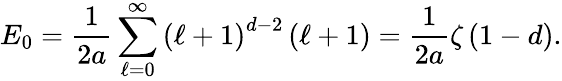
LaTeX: E_{0}=\frac{1}{2a}\sum_{\ell=0}^{\infty}\left(\ell+1\right)^{d-2}\left(\ell+1\right)=\frac{1}{2a}\zeta\left(1-d\right).